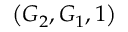
\left( G _ { 2 } , G _ { 1 } , 1 \right)